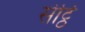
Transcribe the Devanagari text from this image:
सेट्ठि